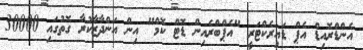
އެންޑްރޮއިޑް އެޕް ޑައިރެކްޓަރީ "އެޕްބްރެއިން ޑޮޓް ކޮމް" އިން އަންދާޒާކުރާ ގޮތުގައި 30000